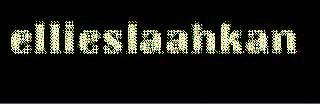
ellieslaahkan